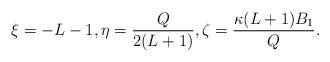
LaTeX: \begin{align*} \xi = -L-1, \eta = \frac{Q}{2(L+1)}, \zeta = \frac{\kappa(L+1)B_1}{Q}. \end{align*}